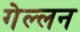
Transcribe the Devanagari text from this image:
गेल्लन